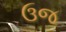
ઉજ